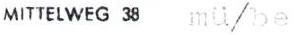
MITTELWEG 38 mü/be